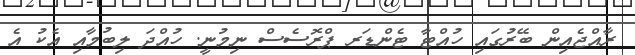
ރާއްޖެއިން ބޭރުގައި ހުއްޓާ ޓެންޑަރ ޕްރޮސެސް ނިމުނީ. ހުއްދަ ލިބުމާއި އެކު އެ